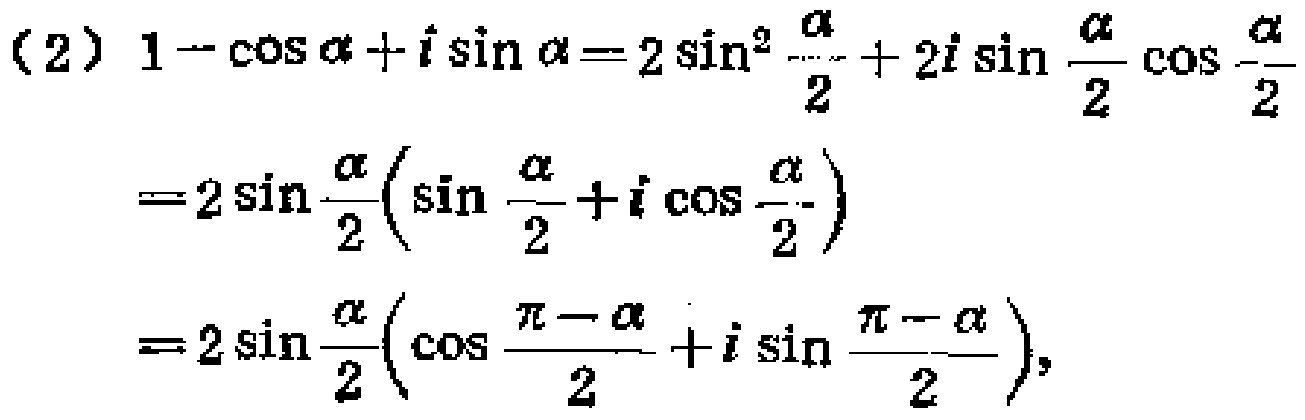
\begin{align*}
(2)\ 1 - \cos\alpha + i\sin\alpha&=2\sin^{2}\frac{\alpha}{2}+2i\sin\frac{\alpha}{2}\cos\frac{\alpha}{2}\\
&=2\sin\frac{\alpha}{2}\left(\sin\frac{\alpha}{2}+i\cos\frac{\alpha}{2}\right)\\
&=2\sin\frac{\alpha}{2}\left(\cos\frac{\pi - \alpha}{2}+i\sin\frac{\pi - \alpha}{2}\right),
\end{align*}